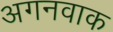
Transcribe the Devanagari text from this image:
अगनवाक